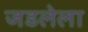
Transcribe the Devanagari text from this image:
जडलेला